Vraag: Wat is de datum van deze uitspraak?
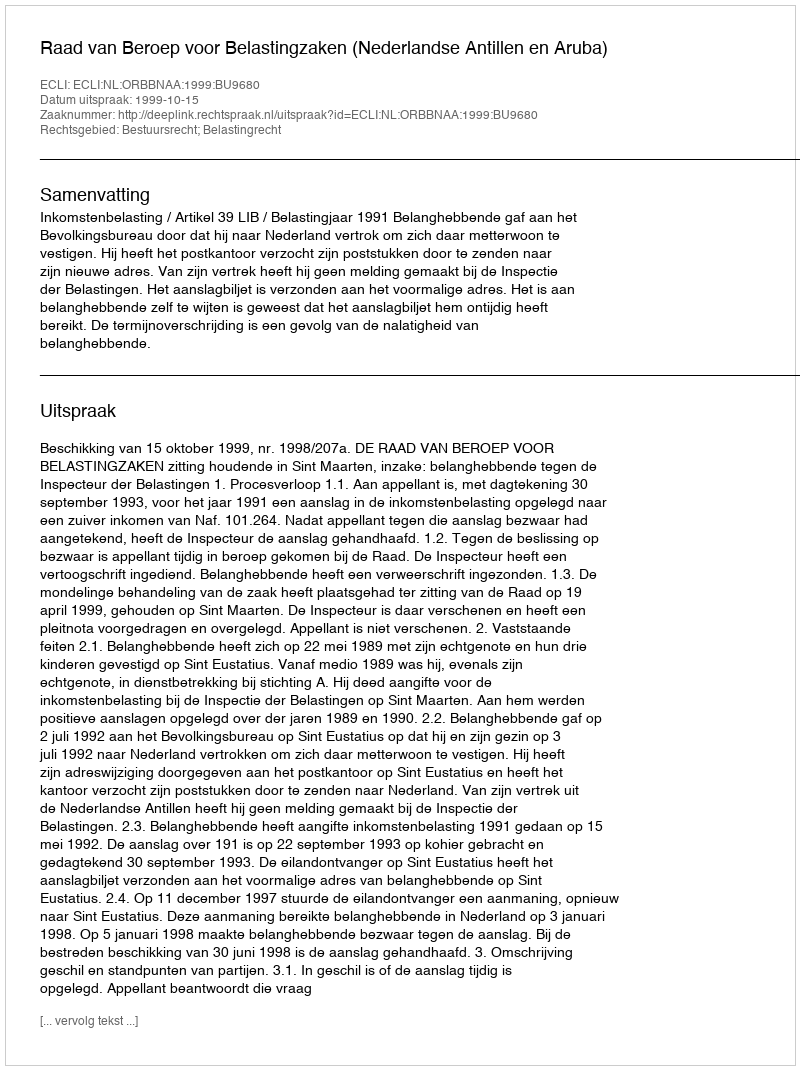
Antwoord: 1999-10-15